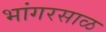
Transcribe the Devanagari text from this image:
भांगरसाळ